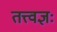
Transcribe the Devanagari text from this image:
तत्त्वज्ञः